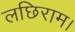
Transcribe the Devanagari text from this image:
लछिराम।